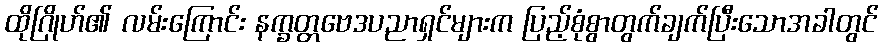
ထိုဂြိုဟ်၏ လမ်းကြောင်း နက္ခတ္တဗေဒပညာရှင်များက ပြည့်စုံစွာတွက်ချက်ပြီးသောအခါတွင်